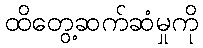
ထိတွေ့ဆက်ဆံမှုကို